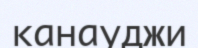
канауджи